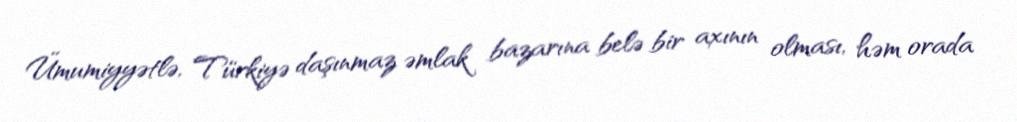
Ümumiyyətlə, Türkiyə daşınmaz əmlak bazarına belə bir axının olması, həm orada